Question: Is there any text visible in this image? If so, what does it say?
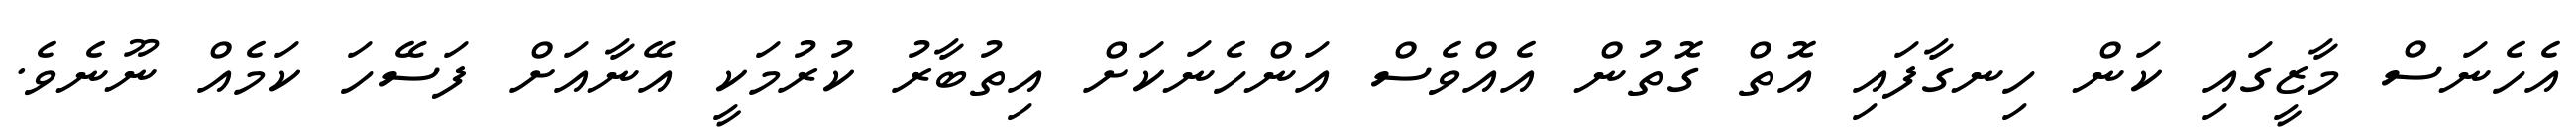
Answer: އެހެނަސް މާޒީގައި ކަން ހިނގާފައި އޮތް ގޮތުން އެއްވެސް އަންހެނަކަށް އިތުބާރު ކުރުމަކީ އޭނާއަށް ފަސޭހަ ކަމެއް ނޫނެވެ.